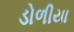
ડોળીયા